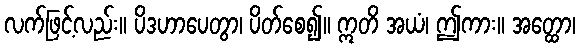
လက်ဖြင့်လည်း။ ပိဒဟာပေတွာ၊ ပိတ်စေ၍။ ဣတိ အယံ၊ ဤကား။ အတ္ထော၊